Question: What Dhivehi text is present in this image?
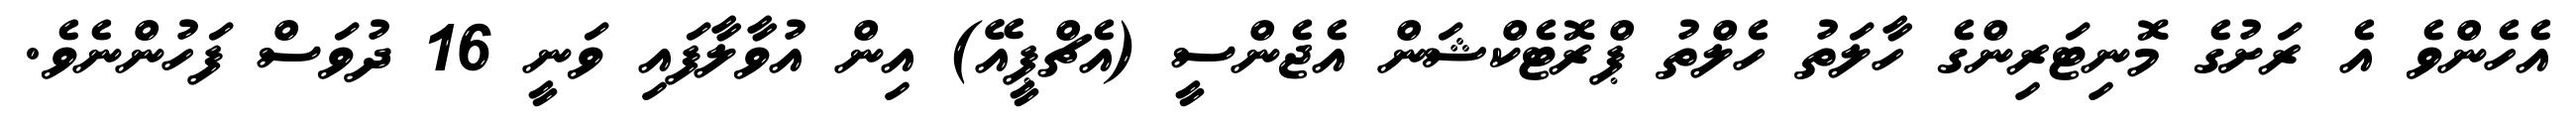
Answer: އެހެންވެ އެ ރަށުގެ މޮނިޓަރިންގެ ހާލަތު ހެލްތު ޕްރޮޓެކްޝަން އެޖެންސީ (އެޗްޕީއޭ) އިން އުވާލާފައި ވަނީ 16 ދުވަސް ފަހުންނެވެ.